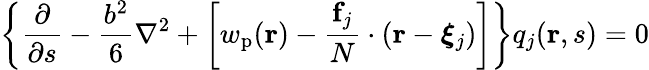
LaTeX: \left\{ \frac{\partial}{\partial s}-\frac{b^{2}}{6}\nabla^{2}+\left[w_{\mathrm{p}}(\mathbf{r})-\frac{\mathbf{f}_{j}}{N}\cdot(\mathbf{r}-\boldsymbol{\xi}_{j})\right]\right\} q_{j}(\mathbf{r},s)=0